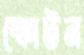
স্ফোটন